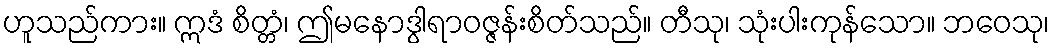
ဟူသည်ကား။ ဣဒံ စိတ္တံ၊ ဤမနောဒွါရာဝဇ္ဇန်းစိတ်သည်။ တီသု၊ သုံးပါးကုန်သော။ ဘဝေသု၊